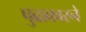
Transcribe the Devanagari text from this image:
पुढाकारने